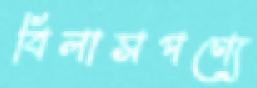
বিলাসপণ্যে